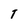
Character: T